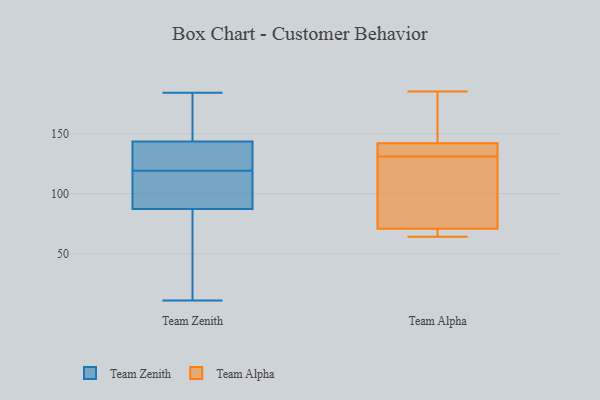
{"axis": {"x": "Backlog", "y": "Value"}, "legend": ["Team Alpha", "Team Zenith"], "data": [{"x": "", "y": 119, "type": "Team Zenith"}, {"x": "", "y": 93, "type": "Team Zenith"}, {"x": "", "y": 11, "type": "Team Zenith"}, {"x": "", "y": 139, "type": "Team Zenith"}, {"x": "", "y": 106, "type": "Team Zenith"}, {"x": "", "y": 132, "type": "Team Zenith"}, {"x": "", "y": 157, "type": "Team Zenith"}, {"x": "", "y": 95, "type": "Team Zenith"}, {"x": "", "y": 121, "type": "Team Zenith"}, {"x": "", "y": 174, "type": "Team Zenith"}, {"x": "", "y": 70, "type": "Team Zenith"}, {"x": "", "y": 184, "type": "Team Zenith"}, {"x": "", "y": 11, "type": "Team Zenith"}, {"x": "", "y": 182, "type": "Team Alpha"}, {"x": "", "y": 64, "type": "Team Alpha"}, {"x": "", "y": 102, "type": "Team Alpha"}, {"x": "", "y": 76, "type": "Team Alpha"}, {"x": "", "y": 139, "type": "Team Alpha"}, {"x": "", "y": 131, "type": "Team Alpha"}, {"x": "", "y": 143, "type": "Team Alpha"}, {"x": "", "y": 134, "type": "Team Alpha"}, {"x": "", "y": 185, "type": "Team Alpha"}, {"x": "", "y": 69, "type": "Team Alpha"}, {"x": "", "y": 66, "type": "Team Alpha"}]}